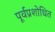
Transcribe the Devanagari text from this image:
पूर्वप्रशोधित